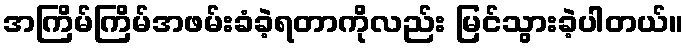
အကြိမ်ကြိမ်အဖမ်းခံခဲ့ရတာကိုလည်း မြင်သွားခဲ့ပါတယ်။